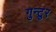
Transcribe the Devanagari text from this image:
गुन्टुर